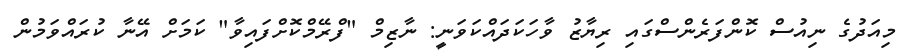
މިއަދުގެ ނިއުސް ކޮންފަރެންސްގައި ރިޔާޒު ވާހަކަދައްކަވަނީ: ނާޒިމް "ފްރޭމްކޮށްފައިވާ" ކަމަށް އޭނާ ކުރައްވަމުން